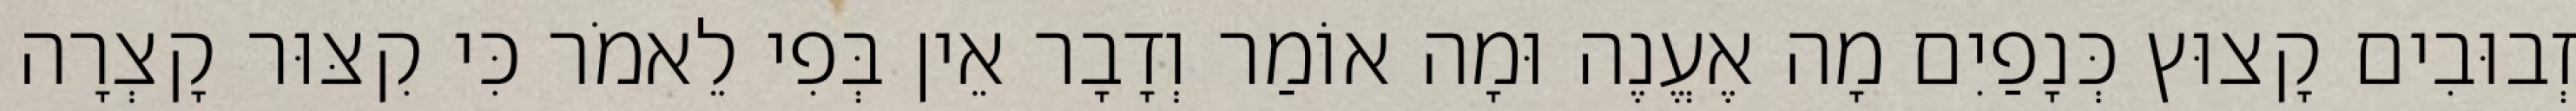
זְבוּבִים קָצוּץ כְּנָפַיִם מָה אֶעֱנֶה וּמָה אוֹמַר וְדָבָר אֵין בְּפִי לֵאמֹר כִּי קִצּוּר קָצְרָה